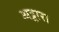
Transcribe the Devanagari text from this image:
अट्टारा